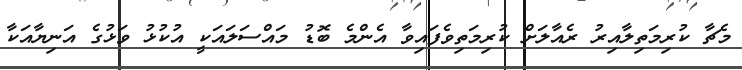
މެޗާ ކުރިމަތިލާއިރު ރެއާލަށް ކުރިމަތިވެފައިވާ އެންމެ ބޮޑު މައްސަލައަކީ އުކުޅު ވަޅުގެ އަނިޔާއަކާ